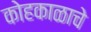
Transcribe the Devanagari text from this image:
कोहकाळाचे